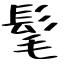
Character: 髦